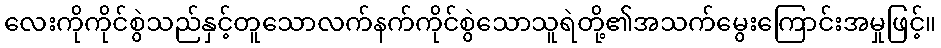
လေးကိုကိုင်စွဲသည်နှင့်တူသောလက်နက်ကိုင်စွဲသောသူရဲတို့၏အသက်မွေးကြောင်းအမှုဖြင့်။